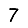
Digit: 7